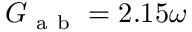
G _ { \mathrm { ~ a ~ b ~ } } = 2 . 1 5 \omega